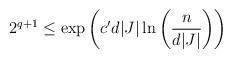
LaTeX: \begin{align*}2^{q+1} \leq \exp\left( c' d\vert J\vert\ln\left(\frac{n}{d\vert J\vert}\right)\right)\end{align*}